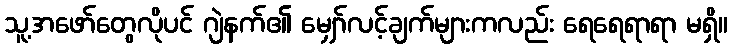
သူ့အဖော်တွေလိုပင် ဂျဲနက်၏ မျှော်လင့်ချက်များကလည်း ရေရေရာရာ မရှိ။